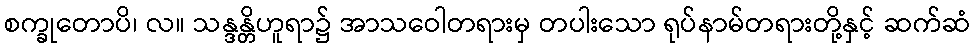
စက္ခုတောပိ၊ လ။ သန္ဒန္တိဟူရာ၌ အာသဝေါတရားမှ တပါးသော ရုပ်နာမ်တရားတို့နှင့် ဆက်ဆံ